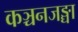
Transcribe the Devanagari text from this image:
कञ्चनजङ्घा